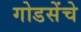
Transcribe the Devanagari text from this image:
गोडसेंचे